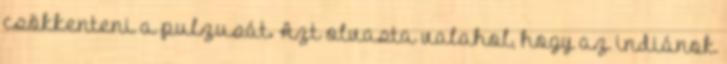
csökkenteni a pulzusát. Azt olvasta valahol, hogy az indiánok